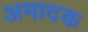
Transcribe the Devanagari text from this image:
अमादक